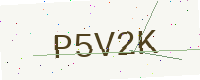
Text: P5V2K